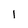
Character: 1